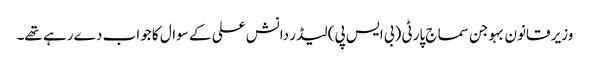
وزیر قانون بہوجن سماج پارٹی (بی ایس پی) لیڈر دانش علی کے سوال کا جواب دے رہے تھے۔